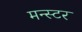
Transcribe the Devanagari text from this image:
मन्स्टर